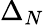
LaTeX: \Delta_{N}